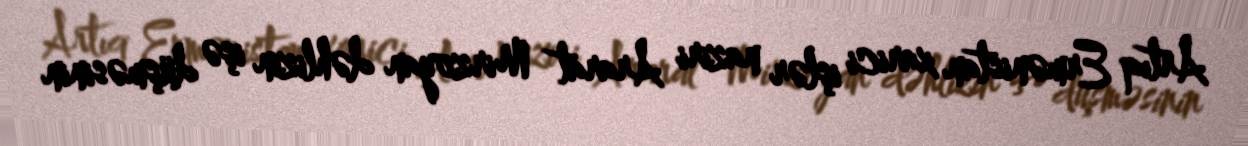
Artıq Ermənistan xarici işlər naziri Ararat Mirzoyan dəhlizin işə düşməsinin